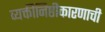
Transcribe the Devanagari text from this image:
व्यक्तीनिष्ठीकारणाची